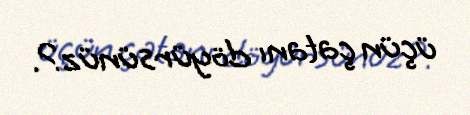
üçün çatanı döyürsünüz?.